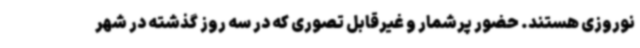
نوروزی هستند. حضور پرشمار و غیرقابل تصوری که در سه روز گذشته در شهر